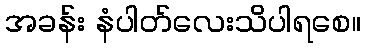
အခန်း နံပါတ်လေးသိပါရစေ။